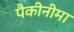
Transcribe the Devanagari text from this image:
पैकीनीमा